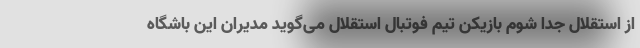
از استقلال جدا شوم بازیکن تیم فوتبال استقلال می‌گوید مدیران این باشگاه